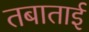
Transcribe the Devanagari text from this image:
तबाताई